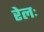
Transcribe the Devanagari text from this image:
रेलः